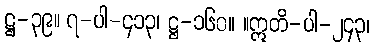
ဋ္ဌ-၃၉။ ၇-ပါ-၄၁၃၊ ဋ္ဌ-၁၆၀။ ။ဣတိ-ပါ-၂၄၃၊